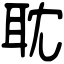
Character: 耽